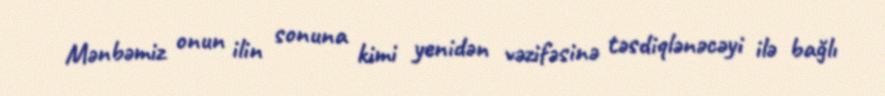
Mənbəmiz onun ilin sonuna kimi yenidən vəzifəsinə təsdiqlənəcəyi ilə bağlı